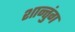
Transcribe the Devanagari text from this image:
शान्तुंग